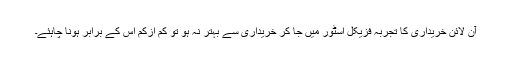
آن لائن خریداری کا تجربہ فزیکل اسٹور میں جا کر خریداری سے بہتر نہ ہو تو کم ازکم اس کے برابر ہونا چاہئے۔